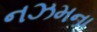
નઝમના